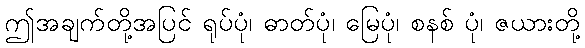
ဤအချက်တို့အပြင် ရုပ်ပုံ၊ ဓာတ်ပုံ၊ မြေပုံ၊ စနစ် ပုံ၊ ဇယားတို့